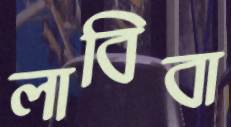
লাবিবা